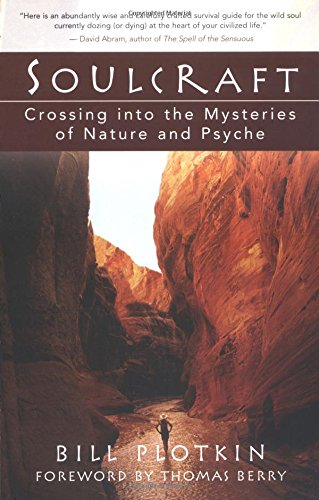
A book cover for Soulcraft: Crossing into the Mysteries of Nature and Psyche; Bill Plotkin; Science & Math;